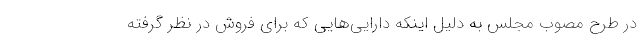
در طرح مصوب مجلس به دلیل اینکه دارایی‌هایی که برای فروش در نظر گرفته